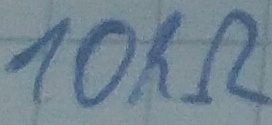
Text: 10kΩ